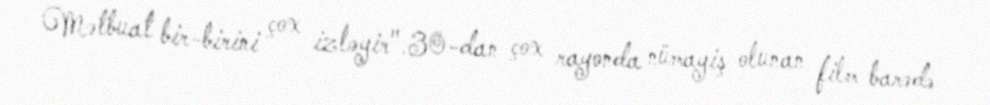
Mətbuat bir-birini çox izləyir".30-dan çox rayonda nümayiş olunan film barədə